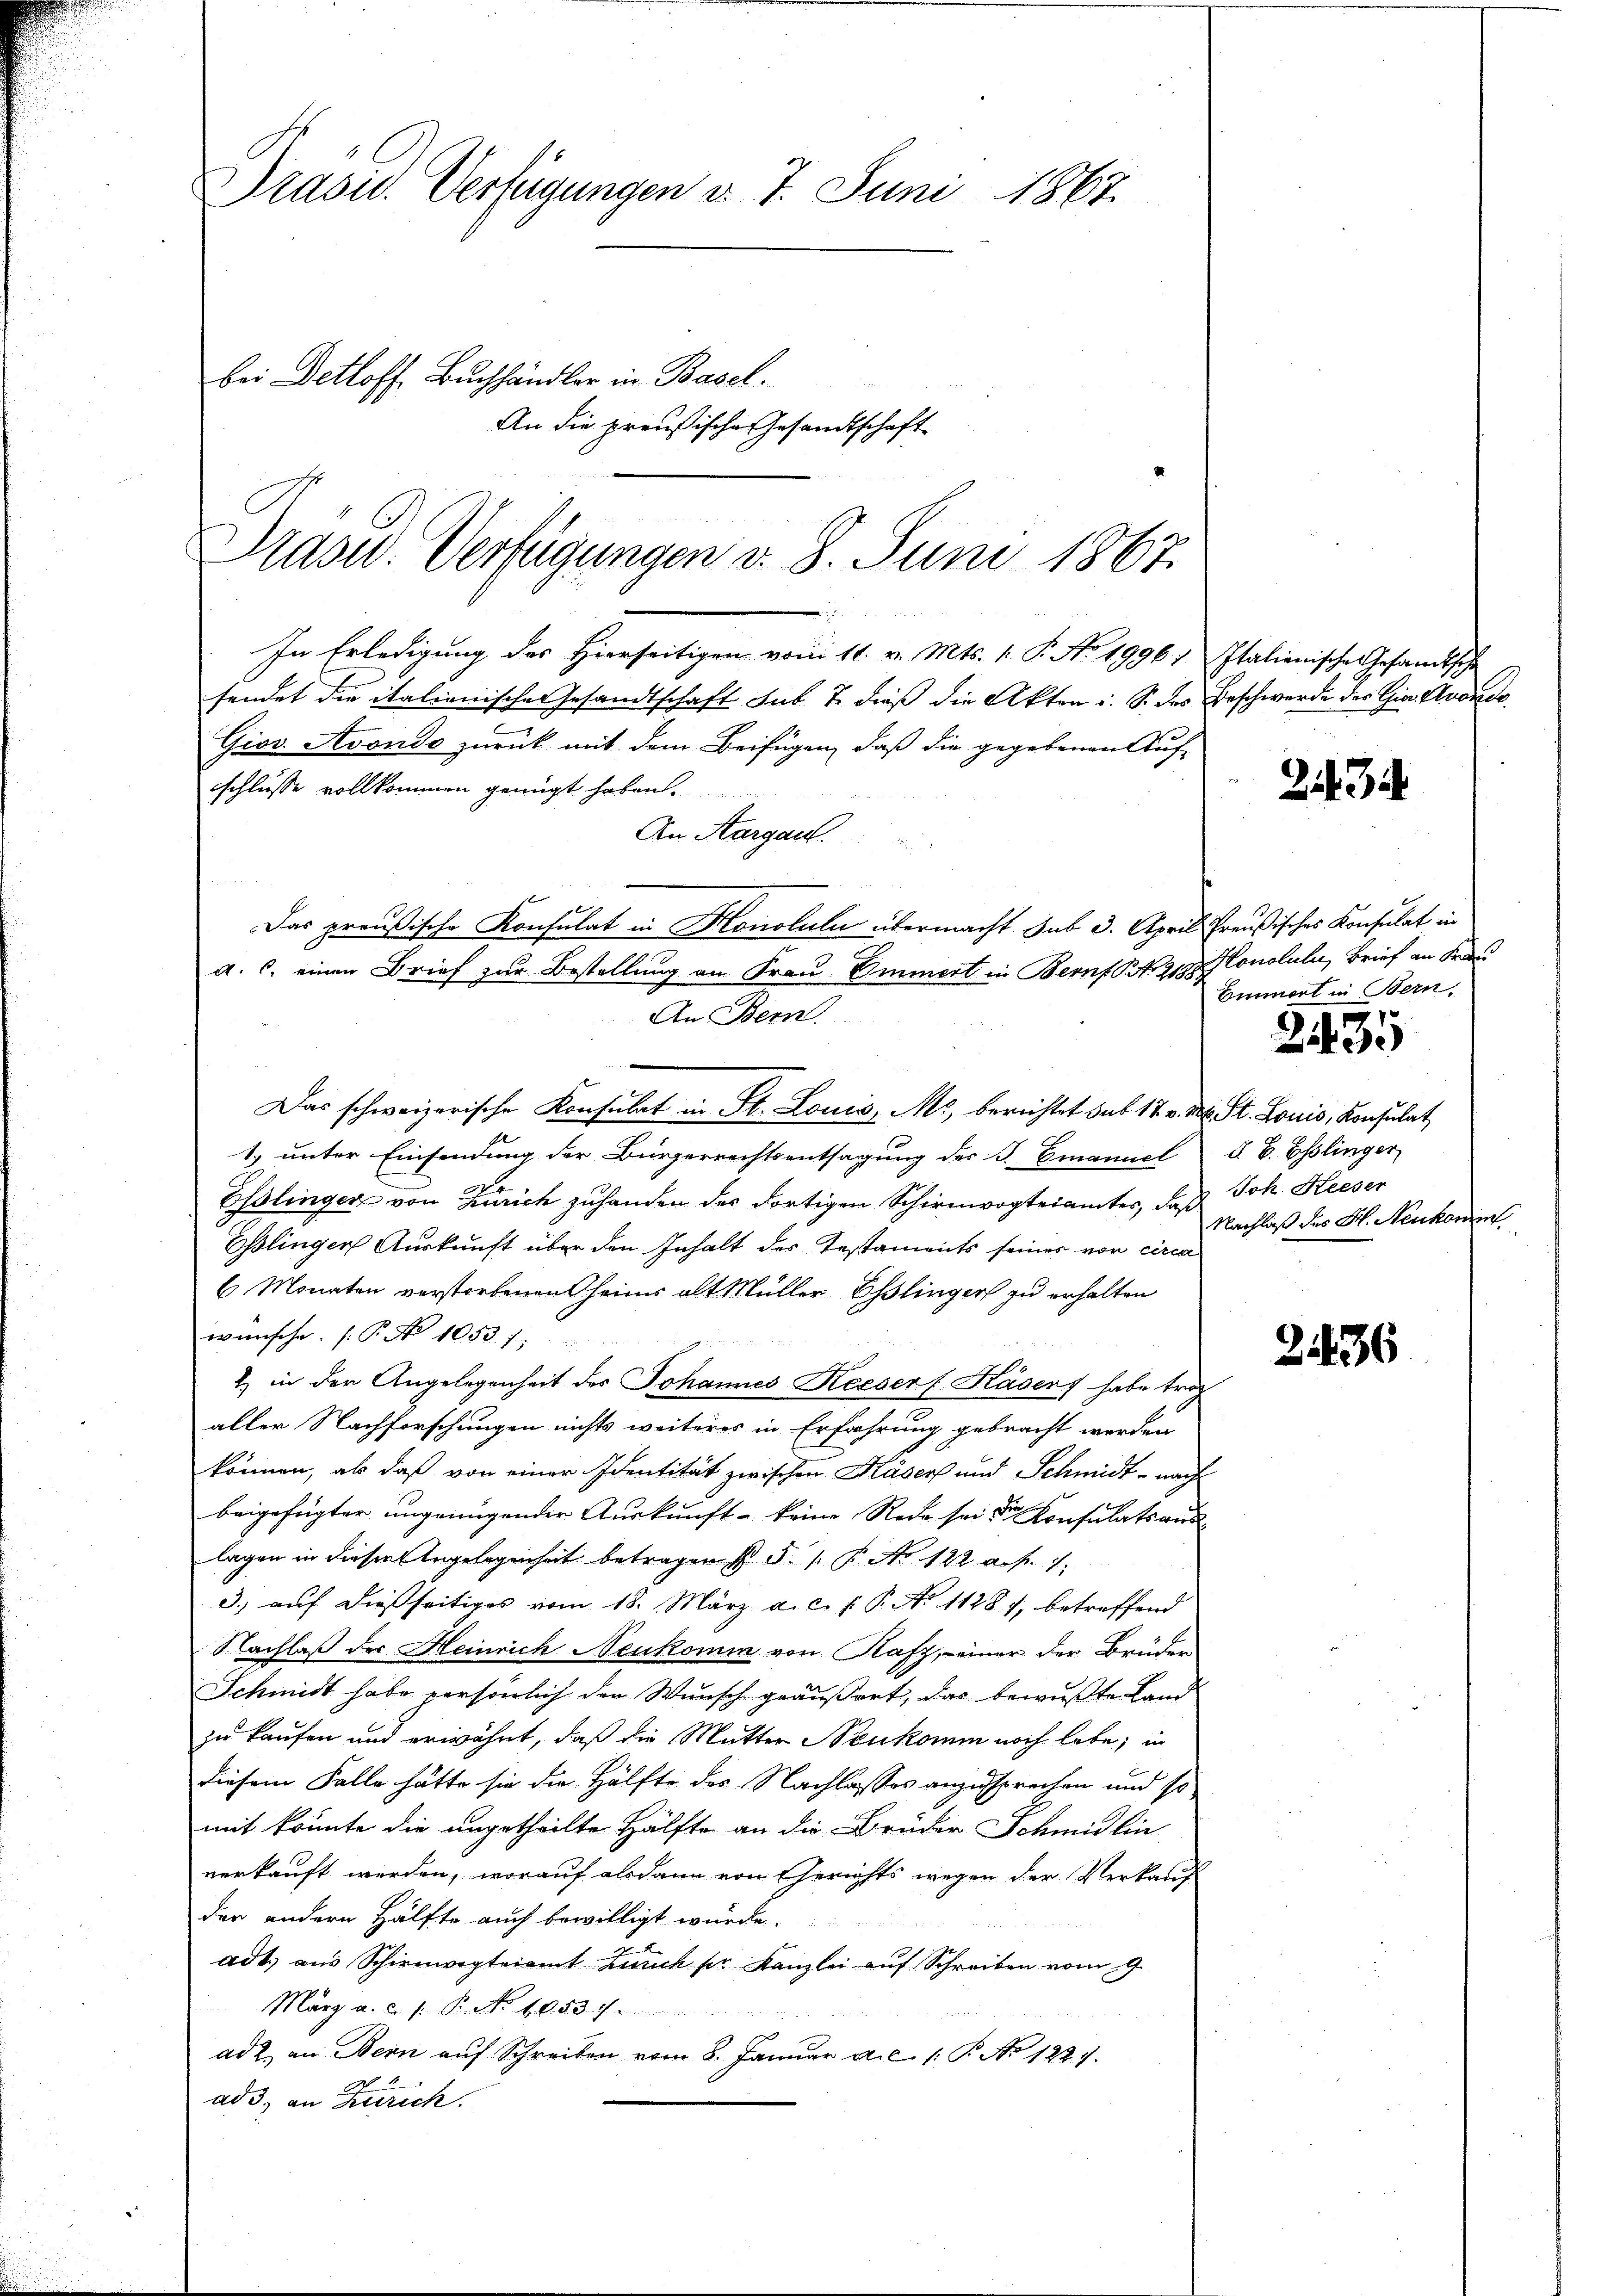
Grasid. Verfügungen d. 7. Juni 1867.
bei Detloff Buchhändler in Basel.
An die preußische Gesandtschaft

Präsid. Verfügungen v. 8. Juni 1867.

In Erledigung des Hierseitigen vom 11. v. Mts. 1. P. Nr. 19967. Italienische Gesandtsche
sendet die italienischen Gesandtschaft sub. T. dieß die Akten u. S. des Beschwerde des Gia. Avonce
Giov Avondo zurück mit dem Beifügen, daß die gegebenen Auf-
schliesse vollkommen genügt haben.
An Aargau.
Das preußische Konsulat in Honoluli übermacht sub 3. April Preußisches Konsulat in
a. C. einen Brief zur Bestellung an Frau Emmert in Bernf. S. 219. Monoluli, Brief an Fran
An Bern.
Das schweizerische Konsulat in St. Louis, M., berichtet sub 17 v. M. St. Louis, Konsulat
1.) unter Einsendung der Bürgerrechtsentsagung des P. Emanuel d. B. Esslinger
Esslinger von Zürich zu handen des dortigen Schirmvogteiamtes, daß Joh. Heeser
Esslingen Auskunft über den Inhalt des Testaments seines vor circa
6 Monaten verstorbenen heim alt Müller Esslinger zu erhalten
wünsche. (T. No 1053. 7
2) in den Angelegenheit der Johannes Receser Kasers habe troc
aller Nachforschungen nichts weiteres in Erfahrung gebracht werden
können, als daß von einer Identität zwischen Käser und Schmidt - nach
beigefügter ungenügender Auskunft keine Rede sei der Konsultatsauslagen in dieser Angelegenheit betragen (§. 1. P. Nr. 122 f. 1.
3.) auf dießseitiges vom 18. März a. c. f. P. No 11287, betreffend
Nachlaß der Heinrich Neukomin von Rafz, einer der Bruden
Schmidt habe persönlich den Wunsch geäußert, das bewusste Land
zu kaufen und erwähnt, daß die Mutter Neukomm noch lebe; in
diesem Falle hätte sie die Hälfte des Nachlasses anzusprechen und so
mit könnte die angetheilte Hälfte an die Brüder Schmidlin
verkauft werden, worauf alsdann von Gerichts wegen der Verkauf
der andern Hälfte auch bewilligt würde.
adt) aus Schirmvogteiamt Zürich ser Kanzlei auf Schreiben vom 9.
März a. c. s. B. No 1053. 7.
ad 2. an Bern aŭf Schreiben vom 8. Janŭar a.c. 1. P. No 1227.
ad 3., an Zürich.

23

Emmert in Bern,
p

243.

Nachlaß des H. Neukomm

2436